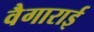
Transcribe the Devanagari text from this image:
वैगाराई